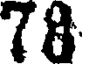
78